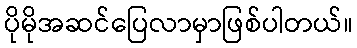
ပိုမိုအဆင်ပြေလာမှာဖြစ်ပါတယ်။